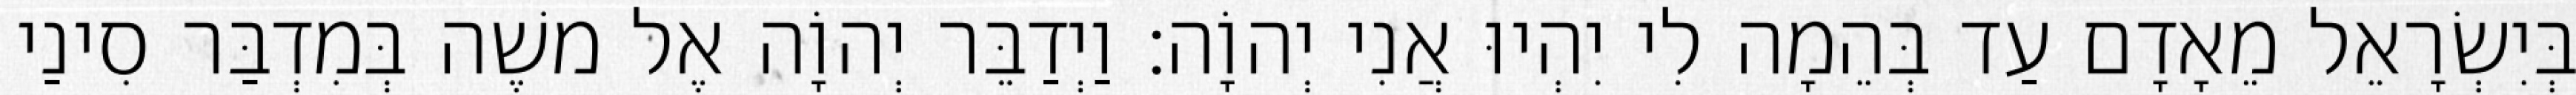
בְּיִשְׂרָאֵל מֵאָדָם עַד בְּהֵמָה לִי יִהְיוּ אֲנִי יְהוָֹה׃ וַיְדַבֵּר יְהוָֹה אֶל משֶׁה בְּמִדְבַּר סִינַי